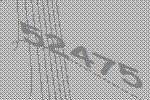
52475